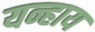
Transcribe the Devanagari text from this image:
यन्हाय